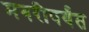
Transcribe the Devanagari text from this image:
मगरीपर्यंत